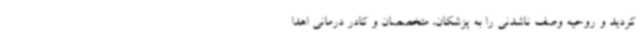
کردید و روحیه وصف ناشدنی را به پزشکان، متخصصان و کادر درمانی اهدا